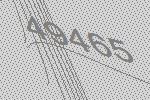
49465